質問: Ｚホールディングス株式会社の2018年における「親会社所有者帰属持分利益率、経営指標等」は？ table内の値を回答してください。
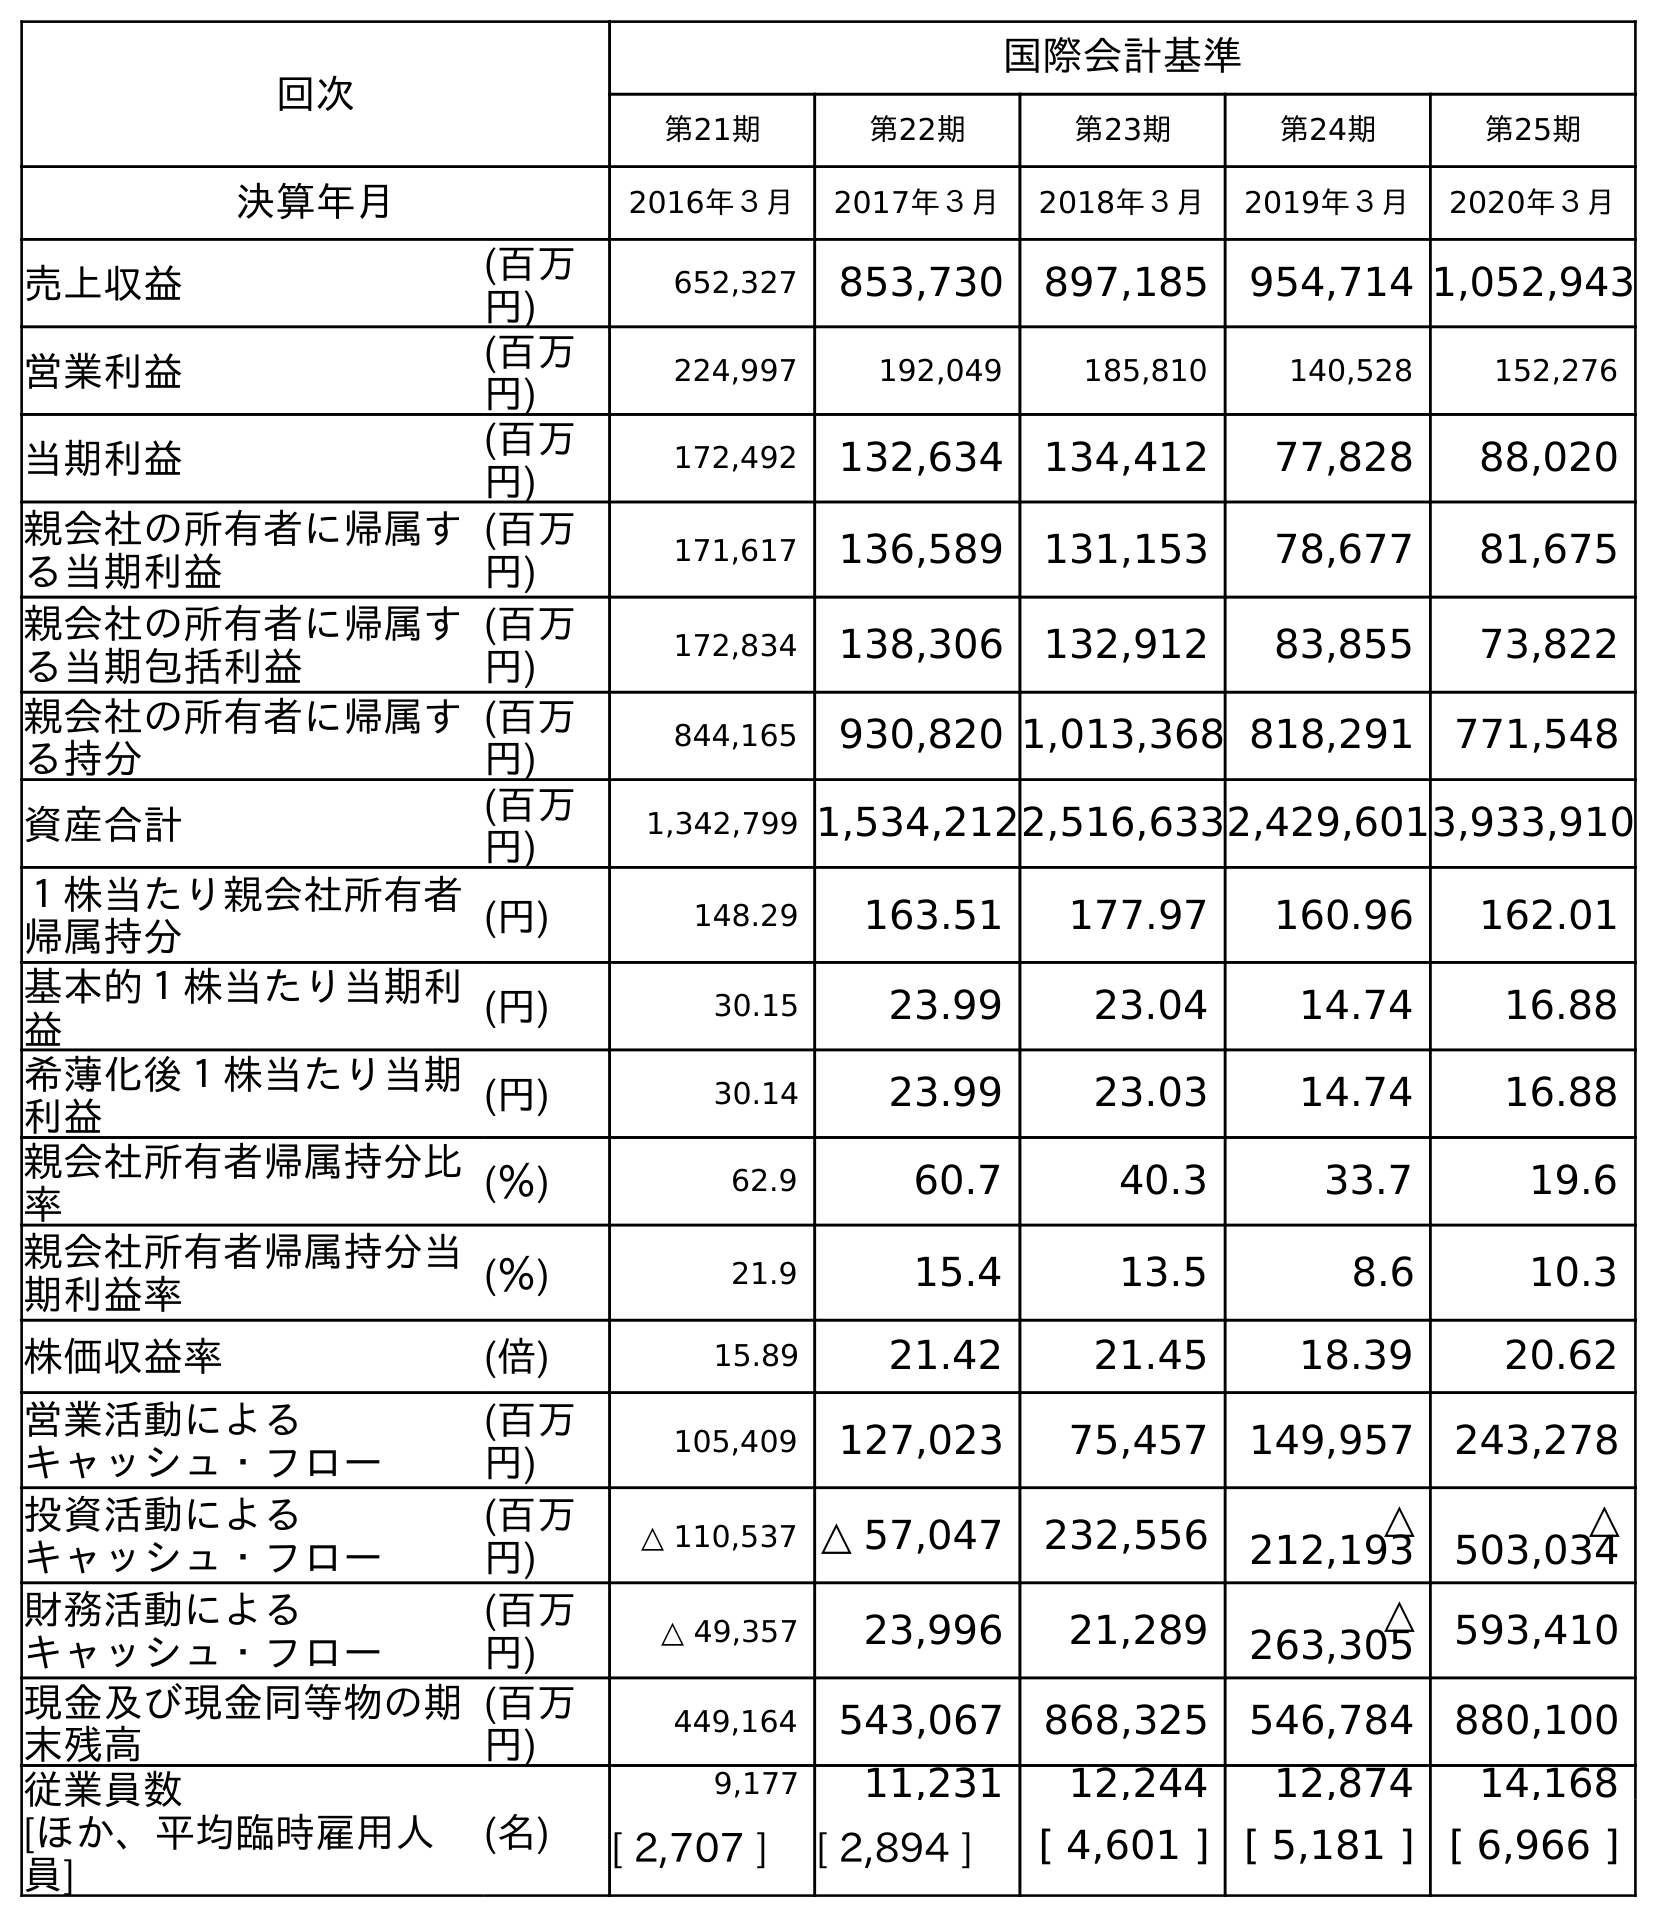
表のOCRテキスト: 回次 国際会計基準 第21期 第22期 第23期 第24期 第25期 決算年月 2016年３月 2017年３月 2018年３月 2019年３月 2020年３月 売上収益 (百万 円) 652,327 853,730 897,185 954,714 1,052,943 営業利益 (百万 円) 224,997 192,049 185,810 140,528 152,276 当期利益 (百万 円) 172,492 132,634 134,412 77,828 88,020 親会社の所有者に帰属す る当期利益 (百万 円) 171,617 136,589 131,153 78,677 81,675 親会社の所有者に帰属す る当期包括利益 (百万 円) 172,834 138,306 132,912 83,855 73,822 親会社の所有者に帰属す る持分 (百万 円) 844,165 930,820 1,013,368 818,291 771,548 資産合計 (百万 円) 1,342,799 1,534,2122,516,6332,429,6013,933,910 １株当たり親会社所有者 帰属持分 (円) 148.29 163.51 177.97 160.96 162.01 基本的１株当たり当期利 益 (円) 30.15 23.99 23.04 14.74 16.88 希薄化後１株当たり当期 利益 (円) 30.14 23.99 23.03 14.74 16.88 親会社所有者帰属持分比 率 (％) 62.9 60.7 40.3 33.7 19.6 親会社所有者帰属持分当 期利益率 (％) 21.9 15.4 13.5 8.6 10.3 株価収益率 (倍) 15.89 21.42 21.45 18.39 20.62 営業活動による キャッシュ・フロー (百万 円) 105,409 127,023 75,457 149,957 243,278 投資活動による キャッシュ・フロー (百万 円) △ 110,537 △ 57,047 232,556 △ 212,193 △ 503,034 財務活動による キャッシュ・フロー (百万 円) △ 49,357 23,996 21,289 △ 263,305 593,410 現金及び現金同等物の期 末残高 (百万 円) 449,164 543,067 868,325 546,784 880,100 従業員数 [ほか、平均臨時雇用人 員] (名) 9,177 11,231 12,244 12,874 14,168 [ 2,707 ] [ 2,894 ] [ 4,601 ] [ 5,181 ] [ 6,966 ]
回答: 13.5